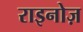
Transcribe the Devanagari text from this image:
राइनोज़